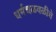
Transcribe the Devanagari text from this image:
धर्मचळवळीचे